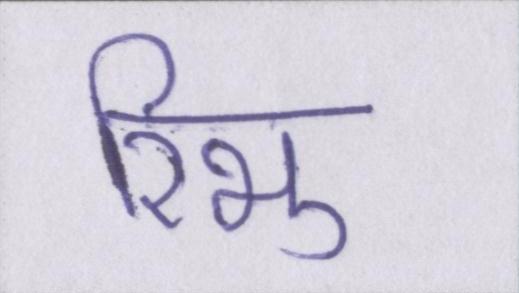
रिभु